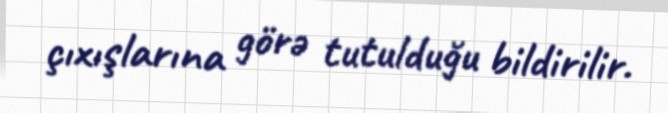
çıxışlarına görə tutulduğu bildirilir.